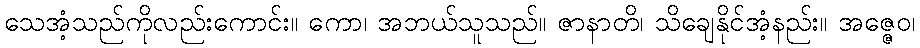
သေအံ့သည်ကိုလည်းကောင်း။ ကော၊ အဘယ်သူသည်။ ဇာနာတိ၊ သိချေနိုင်အံ့နည်း။ အဇ္ဇေဝ၊